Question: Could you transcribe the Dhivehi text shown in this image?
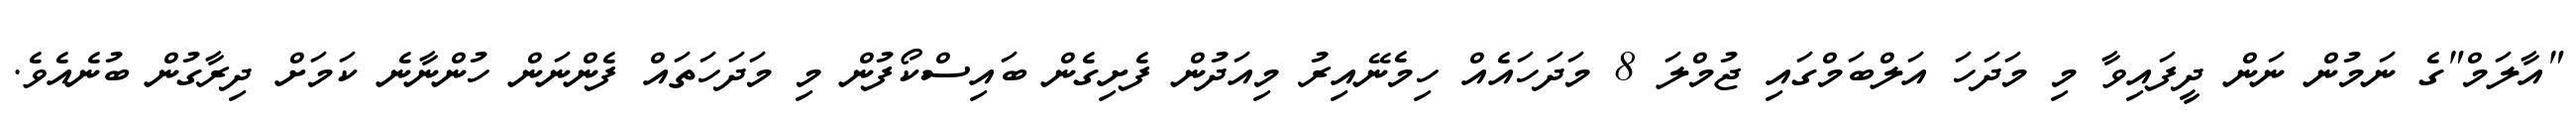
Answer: "އާލަމް"ގެ ނަމުން ނަން ދީފައިވާ މި މަދަހަ އަލްބަމްގައި ޖުމްލަ 8 މަދަހައެއް ހިމެނޭއިރު މިއަދުން ފެށިގެން ބައިސްކޯފުން މި މަދަހަތައް ފެންނަން ހުންނާނެ ކަމަށް ދިރާގުން ބުނެއެވެ.